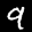
Label: 9